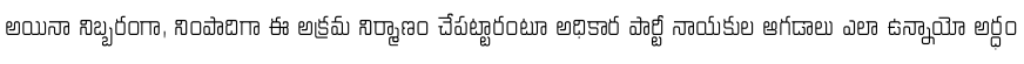
అయినా నిబ్బరంగా, నింపాదిగా ఈ అక్రమ నిర్మాణం చేపట్టారంటూ అధికార పార్టీ నాయకుల ఆగడాలు ఎలా ఉన్నాయో అర్ధం